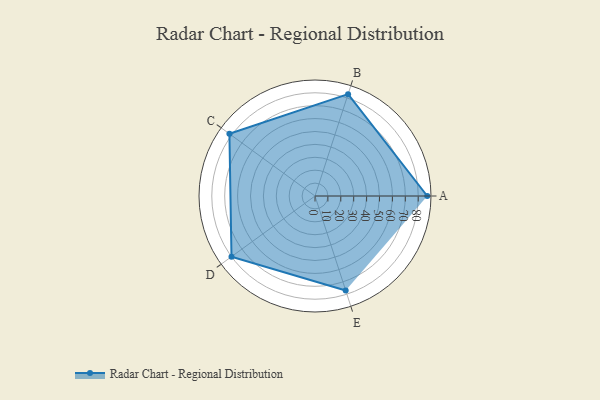
{"axis": {"x": "Skill", "y": "Score"}, "legend": ["Profile"], "data": [{"x": "A", "y": 87.0, "type": "Profile"}, {"x": "B", "y": 83.0, "type": "Profile"}, {"x": "C", "y": 82.0, "type": "Profile"}, {"x": "D", "y": 80.0, "type": "Profile"}, {"x": "E", "y": 77.0, "type": "Profile"}]}